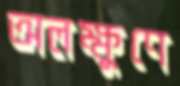
অলক্ষুণে